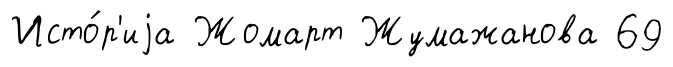
Исто́р'иjа Жомарт Жумажанова 69